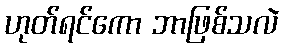
ဟုတ်ရင်ကော ဘာဖြစ်သလဲ